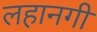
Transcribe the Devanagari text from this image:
लहानगी